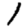
Digit: 1